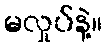
မလှုပ်နဲ့။